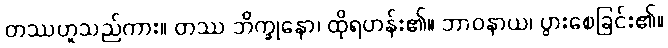
တဿဟူသည်ကား။ တဿ ဘိက္ခုနော၊ ထိုရဟန်း၏။ ဘာဝနာယ၊ ပွားစေခြင်း၏။